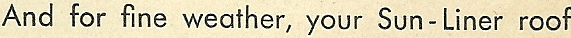
And for fine weather,your Sun-Liner roof